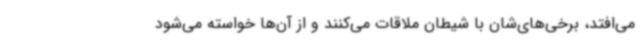
می‌افتد، برخی‌های‌شان با شیطان ملاقات می‌کنند و از آن‌ها خواسته می‌شود